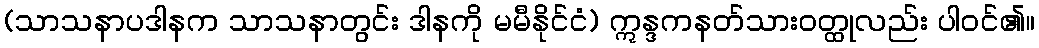
(သာသနာပဒါနက သာသနာတွင်း ဒါနကို မမီနိုင်ငံ) ဣန္ဒကနတ်သားဝတ္ထုလည်း ပါဝင်၏။